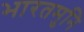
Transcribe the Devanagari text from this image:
भारतमुनि